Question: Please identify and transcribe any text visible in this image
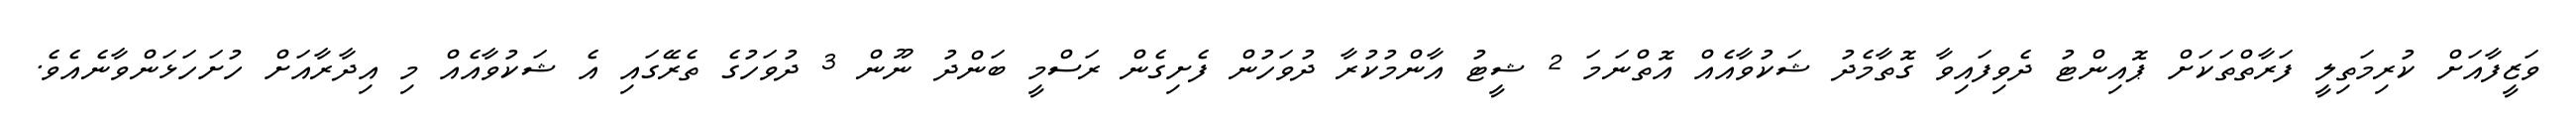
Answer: ވަޒީފާއަށް ކުރިމަތިލީ ފަރާތްތަކަށް ޕޮއިންޓު ދެވިފައިވާ ގޮތާމެދު ޝަކުވާއެއް އޮތްނަމަ 2 ޝީޓު އާންމުކުރާ ދުވަހުން ފެށިގެން ރަސްމީ ބަންދު ނޫން 3 ދުވަހުގެ ތެރޭގައި އެ ޝަކުވާއެއް މި އިދާރާއަށް ހުށަހަޅަންވާނެއެވެ.